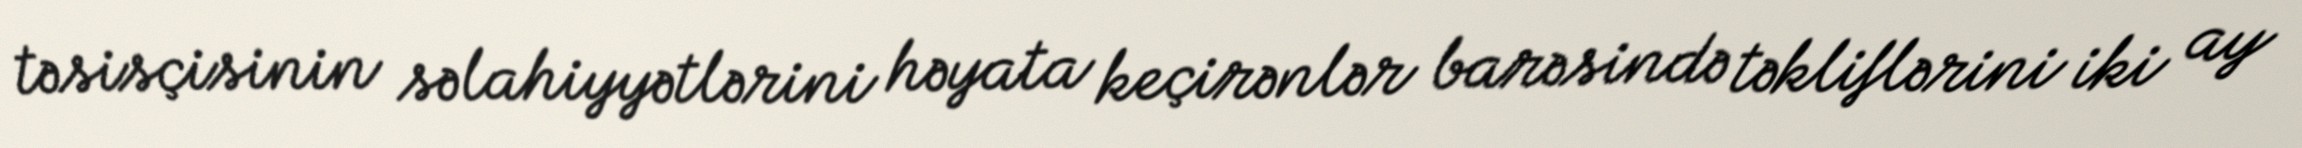
təsisçisinin səlahiyyətlərini həyata keçirənlər barəsində təkliflərini iki ay